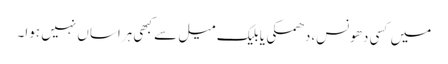
میں کسی دھونس،دھمکی یا بلیک میل سے کبھی ہراساں نہیں ہوا۔